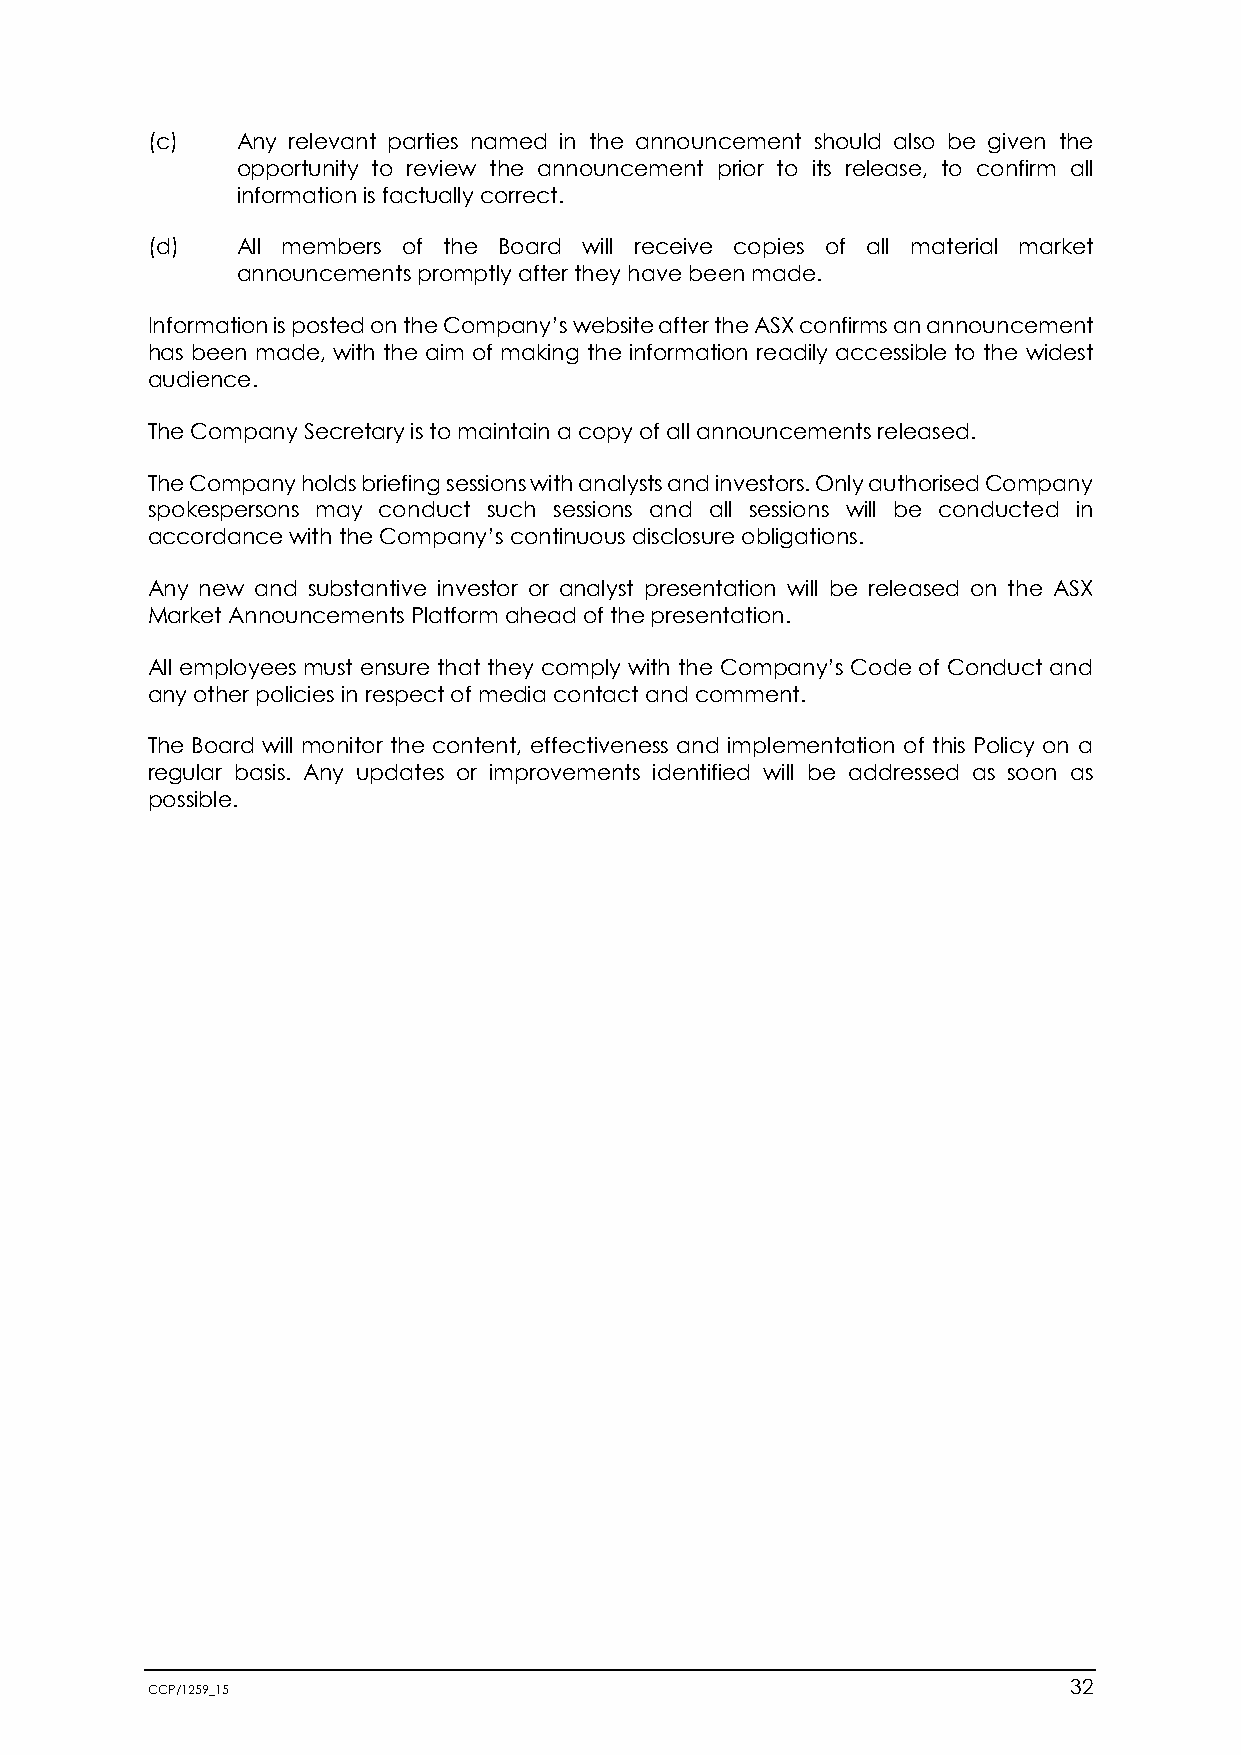
(c)   Any relevant parties named in the announcement should also be given the
 opportunity to review the announcement prior to its release, to confirm all
 information is factually correct.
 (d)   All members of the Board will receive copies of all material market
 announcements promptly after they have been made.
 Information is posted on the Company’s website after the ASX confirms an announcement
 has been made, with the aim of making the information readily accessible to the widest
 audience.
 The Company Secretary is to maintain a copy of all announcements released.
 The Company holds briefing sessions with analysts and investors. Only authorised Company
 spokespersons may conduct such sessions and all sessions will be conducted in
 accordance with the Company’s continuous disclosure obligations.
 Any new and substantive investor or analyst presentation will be released on the ASX
 Market Announcements Platform ahead of the presentation.
 All employees must ensure that they comply with the Company’s Code of Conduct and
 any other policies in respect of media contact and comment.
 The Board will monitor the content, effectiveness and implementation of this Policy on a
 regular basis. Any updates or improvements identified will be addressed as soon as
 possible.
 CCP/1259_15                                                  32